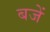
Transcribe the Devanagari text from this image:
बजें